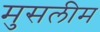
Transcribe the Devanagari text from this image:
मुसलीम